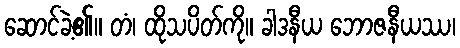
ဆောင်ခဲ့၏။ တံ၊ ထိုသပိတ်ကို။ ခါဒနီယ ဘောဇနီယဿ၊